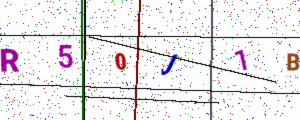
Text: R50J1B